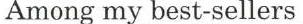
Among my best-sellers